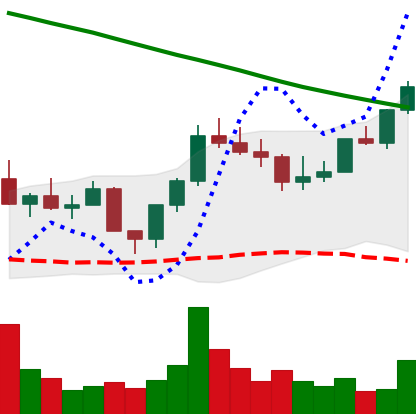
Ticker: LINK-USD
Chart end date: 2022-08-08
Forward return: 5.634%
Label: up_5_7